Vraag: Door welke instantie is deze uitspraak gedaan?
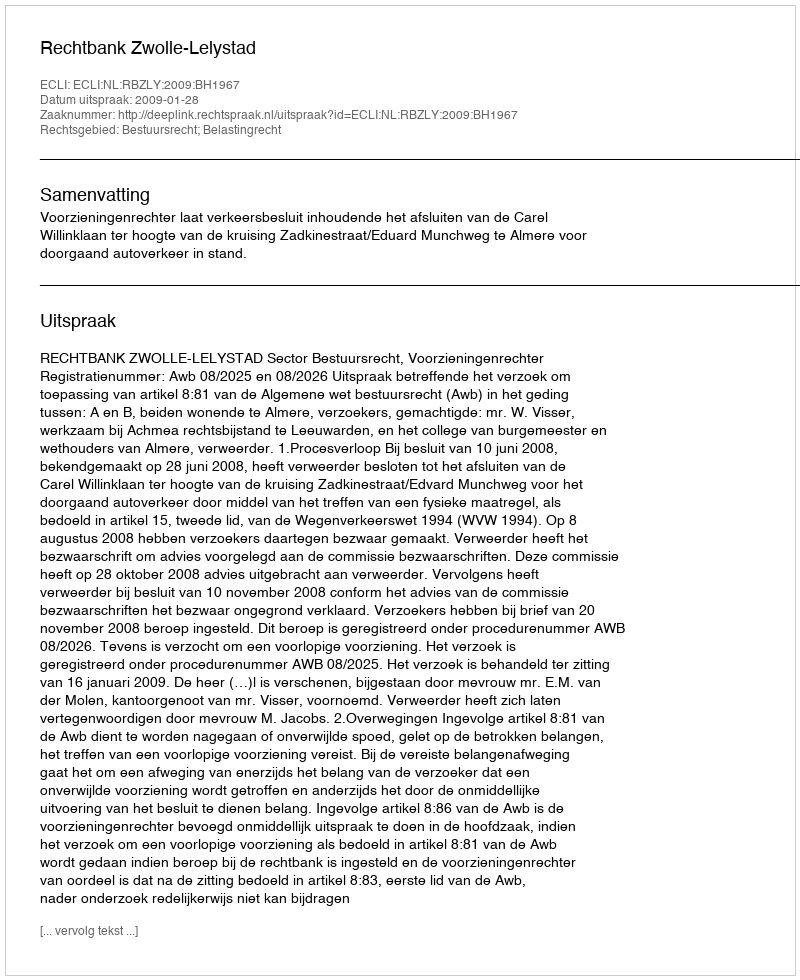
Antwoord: Rechtbank Zwolle-Lelystad